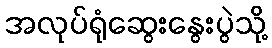
အလုပ်ရုံဆွေးနွေးပွဲသို့